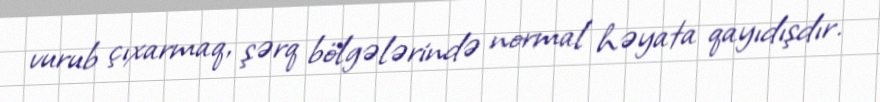
vurub çıxarmaq, şərq bölgələrində normal həyata qayıdışdır.